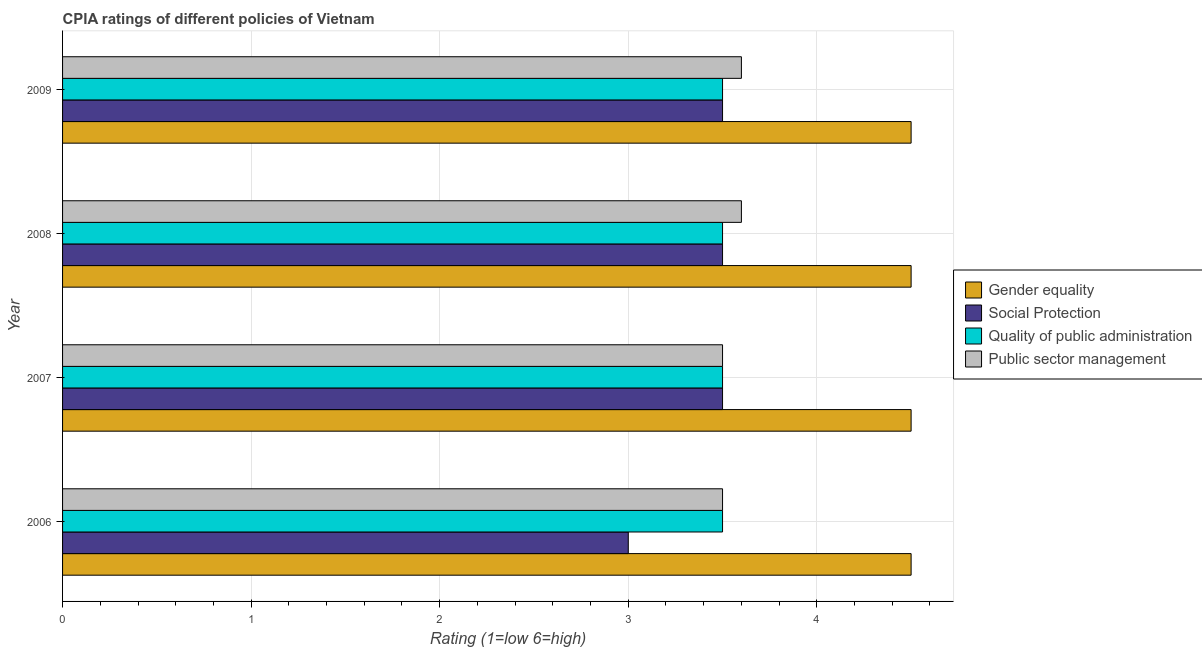
| Year | Gender equality | Social Protection | Quality of public administration | Public sector management |
 | --- | --- | --- | --- | --- |
 | 2006 | 4.5 | 3 | 3.5 | 3.5 |
 | 2007 | 4.5 | 3.5 | 3.5 | 3.5 |
 | 2008 | 4.5 | 3.5 | 3.5 | 3.6 |
 | 2009 | 4.5 | 3.5 | 3.5 | 3.6 |